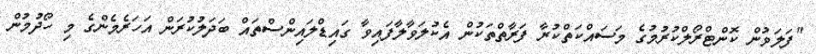
"ފަލަވުން ކޮންޓްރޯލްކުރުމުގެ މަސައްކަތްކުރާ ފަރާތްތަކުން އެކުލަވާލާފައިވާ ގައިޑްލައިންސްތައް ބަދަލުކުރަން އަހަރެމެންގެ މި ހޯދުމުން